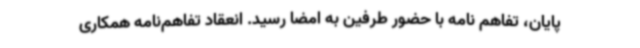
پایان، تفاهم نامه با حضور طرفین به امضا رسید. انعقاد تفاهم‌نامه همکاری